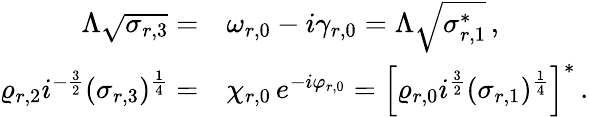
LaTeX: \begin{array}{rl}{{\Lambda\sqrt{\sigma_{r,3}}=}}&{{\omega_{r,0}-i\gamma_{r,0}=\Lambda\sqrt{\sigma_{r,1}^{*}}\, ,}}\\ {{\varrho_{r,2}i^{-\frac{3}{2}}(\sigma_{r,3})^{\frac{1}{4}}=}}&{{\chi_{r,0}\, e^{-i\varphi_{r,0}}=\left[\varrho_{r,0}i^{\frac{3}{2}}(\sigma_{r,1})^{\frac{1}{4}}\right]^{*}\, .}}\end{array}